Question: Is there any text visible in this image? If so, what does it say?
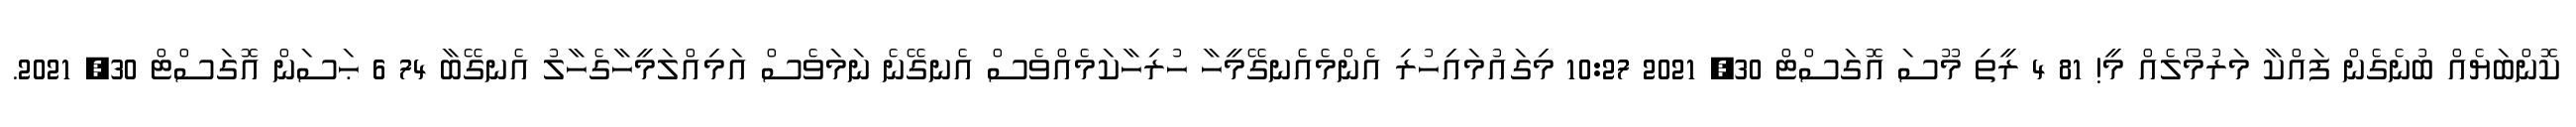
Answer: ކޮންބަޔެއް ބުނެގެން ފައްކާ މަރުމޯލެއް މީ! 81 4 ރީތި މޫސަ އޮގަސްޓް 30, 2021 10:27 މިގައުމައިހުރި އެންމެއެނގޭމީހާ ހުރިހާކަމެއްވެސް އެނގޭނެ ނަމަވެސް އަމިއްލަމީހާގެހާލު އެނގޭބާ 74 6 ޙަސަން އޮގަސްޓް 30, 2021.